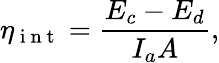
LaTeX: \eta_{\mathrm{~i~n~t~}}=\frac{E_{c}-E_{d}}{I_{a}A},